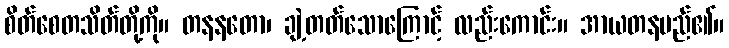
စိတ်စေတသိတ်တို့ကို။ တနနတော၊ ချဲ့တတ်သောကြောင့် လည်းကောင်း။ အာယတနမည်၏။